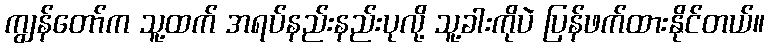
ကျွန်တော်က သူ့ထက် အရပ်နည်းနည်းပုလို့ သူ့ခါးကိုပဲ ပြန်ဖက်ထားနိုင်တယ်။